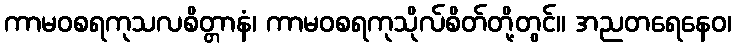
ကာမဝစရကုသလစိတ္တာနံ၊ ကာမဝစရကုသိုလ်စိတ်တို့တွင်။ အညတရေနေဝ၊